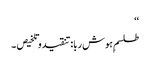
‘‘
طلسمِ ہوش ربا:تنقیدوتلخیص ۔